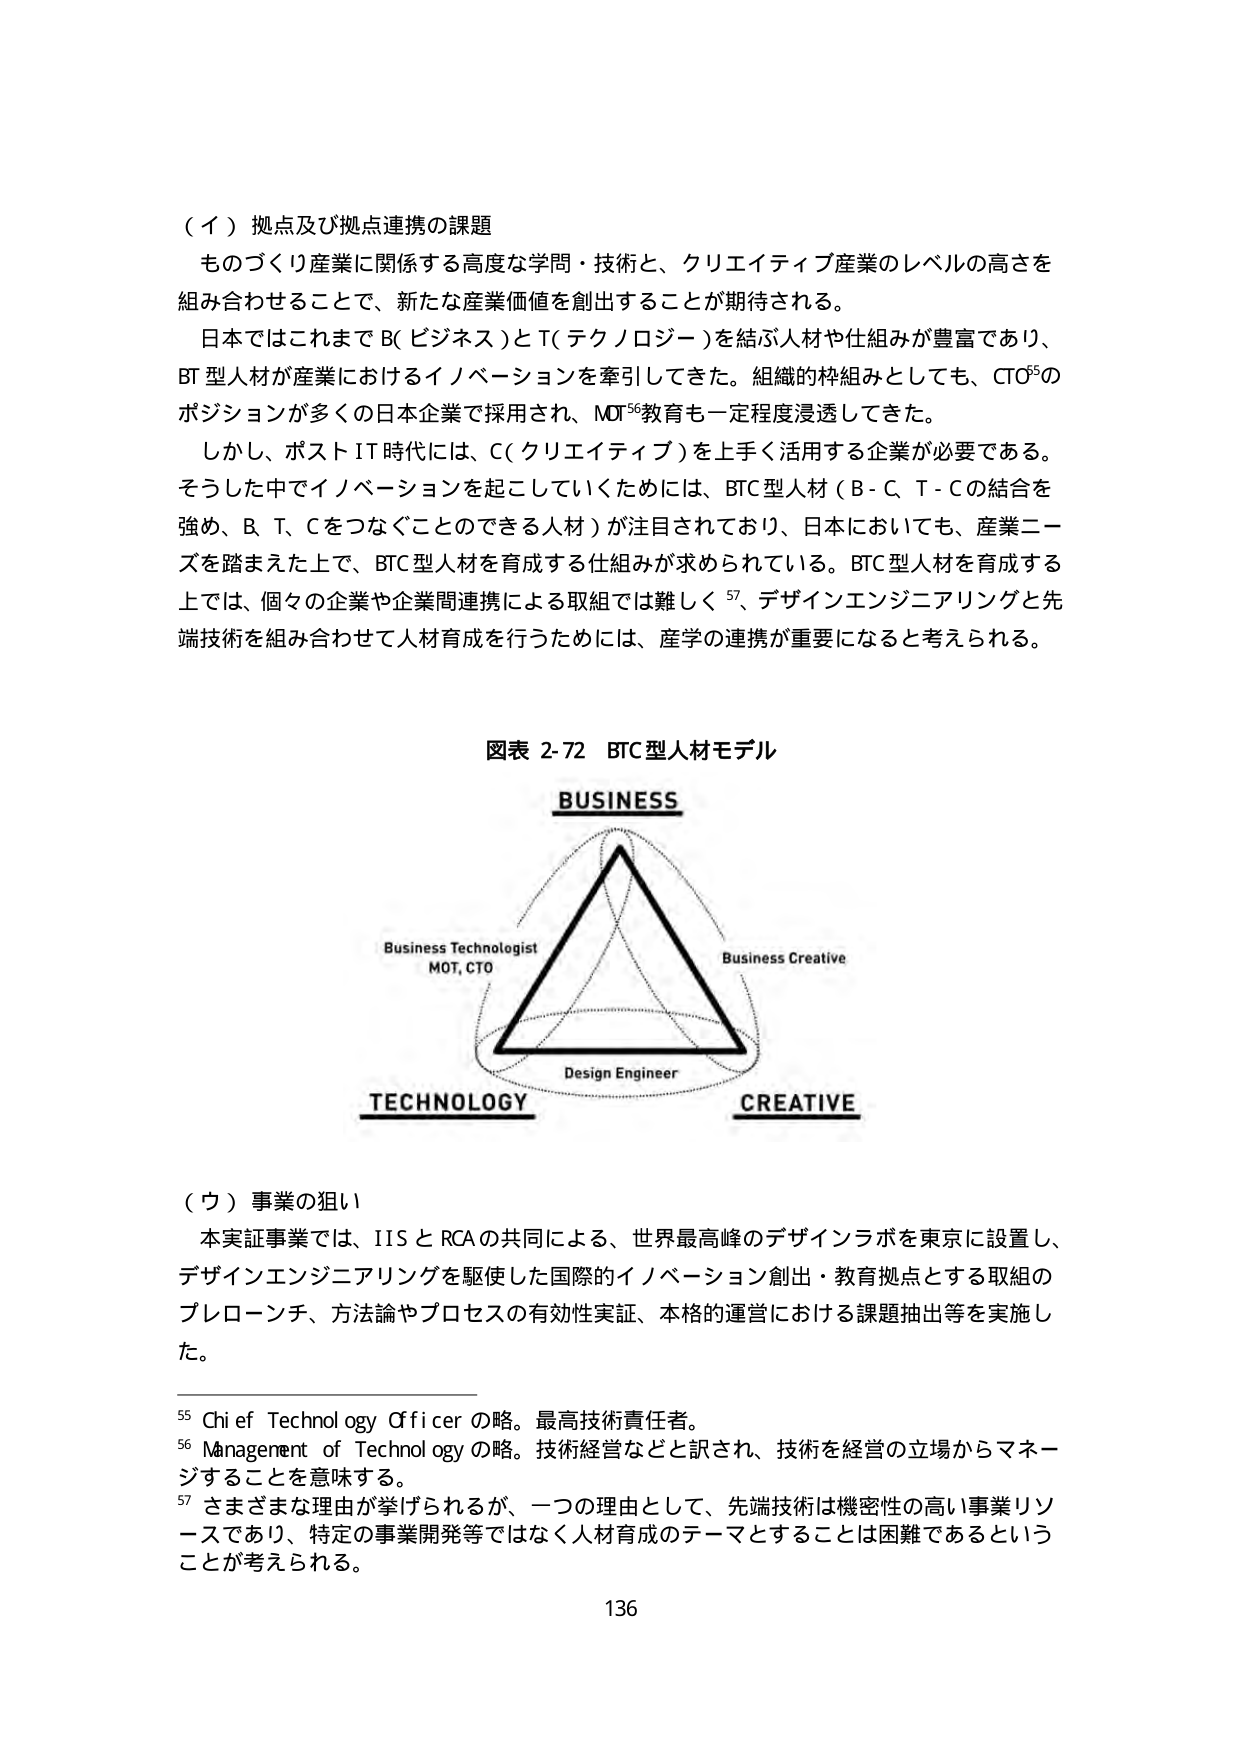
（イ）拠点及び拠点連携の課題
ものづくり産業に関係する高度な学問・技術と、クリエイティブ産業のレベルの高さを
組み合わせることで、新たな産業価値を創出することが期待される。
日本ではこれまでB（ビジネス）とT（テクノロジー）を結ぶ人材や仕組みが豊富であり、
BT型人材が産業におけるイノベーションを牽引してきた。組織的枠組みとしても、CTO⁵⁵の
ポジションが多くの日本企業で採用され、MOT⁵⁶教育も一定程度浸透してきた。
しかし、ポストIT時代には、C（クリエイティブ）を上手く活用する企業が必要である。
そうした中でイノベーションを起こしていくためには、BTC型人材（B－C、T－Cの結合を
強め、B、T、Cをつなぐことのできる人材）が注目されており、日本においても、産業ニーズを踏まえた上で、BTC型人材を育成する仕組みが求められている。BTC型人材を育成する
上では、個々の企業や企業間連携による取組では難しく⁵⁷、デザインエンジニアリングと先
端技術を組み合わせて人材育成を行うためには、産学の連携が重要になると考えられる。

図表 2-72 BTC型人材モデル
BUSINESS
Business Technologist
MOT, CTO
Design Engineer
TECHNOLOGY
CREATIVE
Business Creative

（ウ）事業の狙い
本実証事業では、IISとRCAの共同による、世界最高峰のデザインラボを東京に設置し、
デザインエンジニアリングを駆使した国際的イノベーション創出・教育拠点とする取組の
プレローンチ、方法論やプロセスの有効性実証、本格的運営における課題抽出等を実施し
た。

⁵⁵ Chief Technology Officer の略。最高技術責任者。
⁵⁶ Management of Technology の略。技術経営などと訳され、技術を経営の立場からマネージすることを意味する。
⁵⁷ さまざまな理由が挙げられるが、一つの理由として、先端技術は機密性の高い事業リソースであり、特定の事業開発等ではなく人材育成のテーマとすることは困難であるということが考えられる。

136